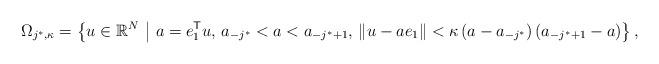
LaTeX: \begin{align*}\Omega_{j^*,\kappa} = \left\{ u \in \mathbb{R}^N ~\middle|~a = e_1^{\sf T} u ,\,a_{-j^*} < a < a_{-j^*+1} ,\,\| u - a e_1 \| < \kappa \left( a - a_{-j^*} \right) \left( a_{-j^*+1} - a \right) \right\},\end{align*}